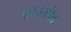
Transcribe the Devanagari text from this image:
परिवलयित